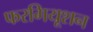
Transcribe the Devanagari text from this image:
फरगियूशन